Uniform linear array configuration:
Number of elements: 64
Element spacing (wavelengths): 0.5
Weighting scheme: binomial
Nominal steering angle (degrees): -30
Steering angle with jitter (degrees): -29.243
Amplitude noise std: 0.05
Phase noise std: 0.05

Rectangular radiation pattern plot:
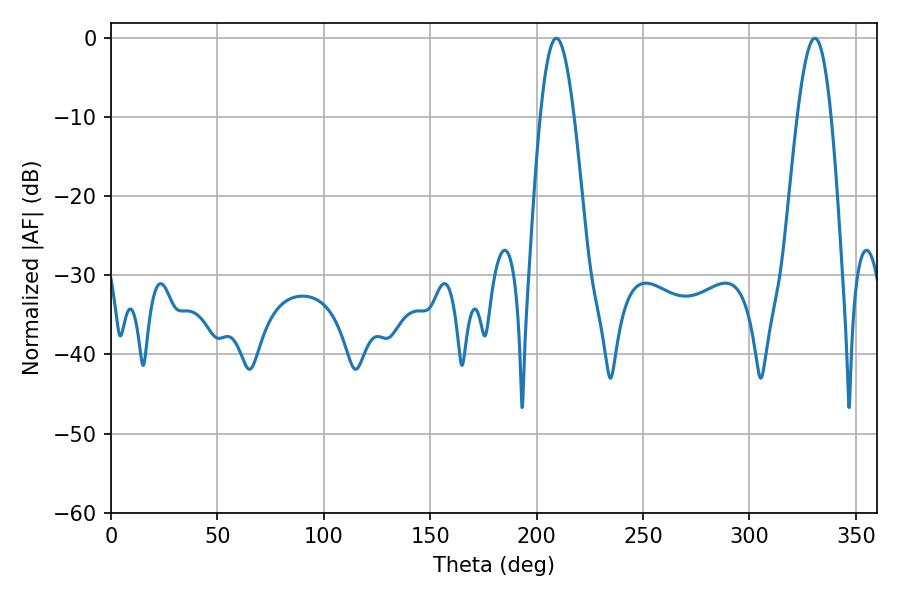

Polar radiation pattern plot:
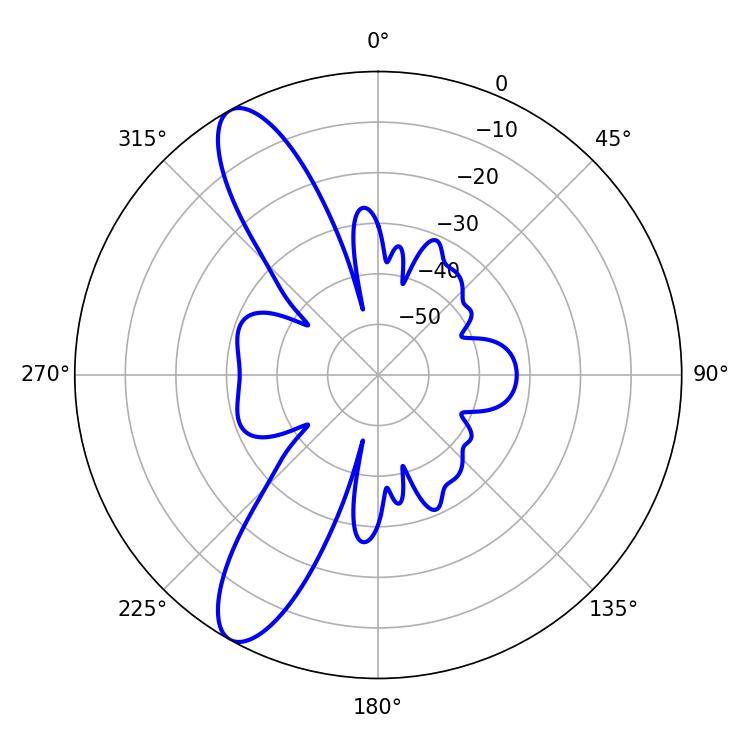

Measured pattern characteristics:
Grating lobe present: FALSE
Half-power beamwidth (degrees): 8.64
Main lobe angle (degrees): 209.34